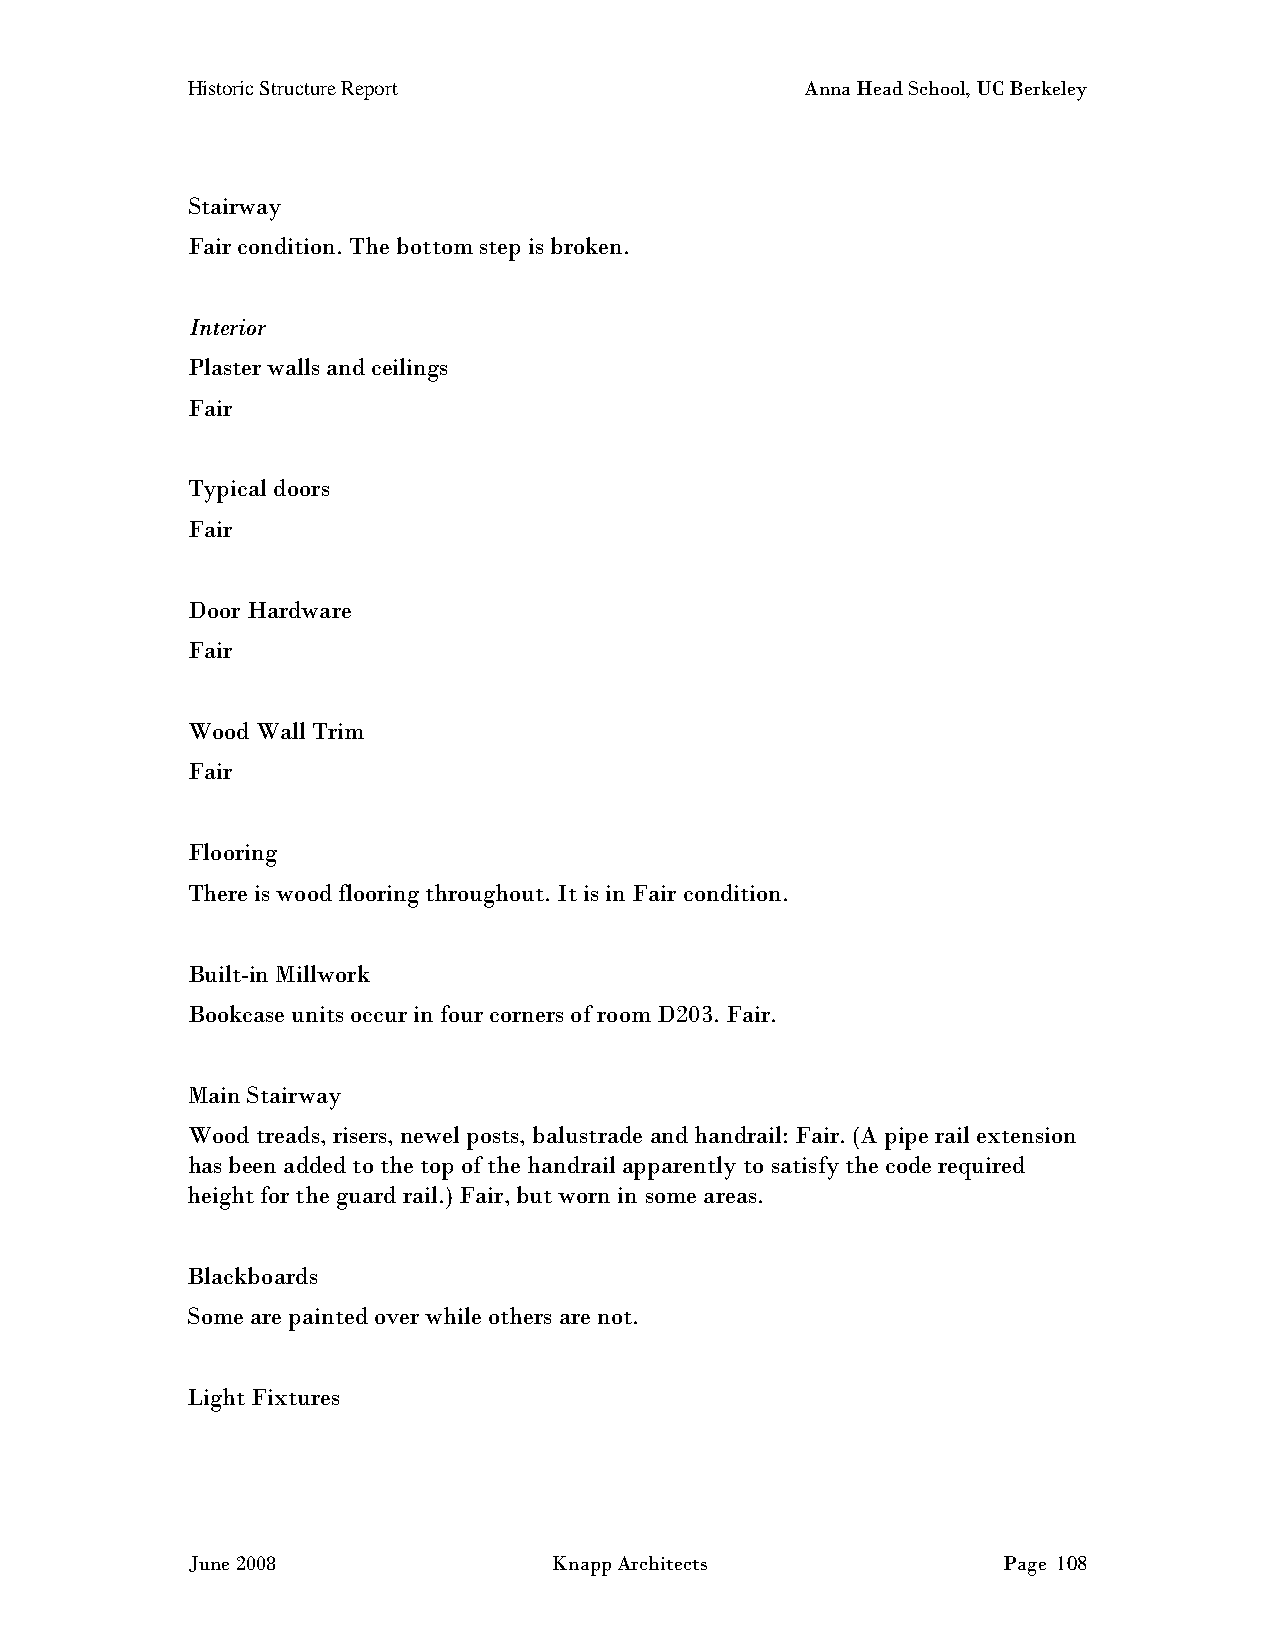
Historic Structure Report                Anna Head School, UC Berkeley
 Stairway
 Fair condition. The bottom step is broken.
 Interior
 Plaster walls and ceilings
 Fair
 Typical doors
 Fair
 Door Hardware
 Fair
 Wood Wall Trim
 Fair
 Flooring
 There is wood flooring throughout. It is in Fair condition.
 Built-in Millwork
 Bookcase units occur in four corners of room D203. Fair.
 Main Stairway
 Wood treads, risers, newel posts, balustrade and handrail: Fair. (A pipe rail extension
 has been added to the top of the handrail apparently to satisfy the code required
 height for the guard rail.) Fair, but worn in some areas.
 Blackboards
 Some are painted over while others are not.
 Light Fixtures
 June 2008                Knapp Architects             Page 108